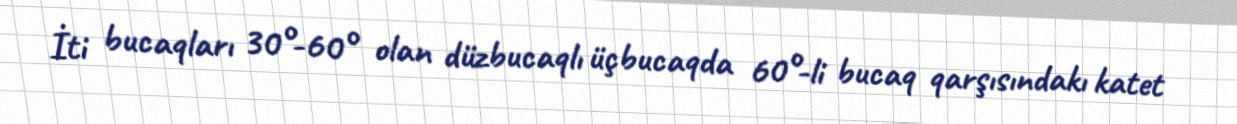
İti bucaqları 30°-60° olan düzbucaqlı üçbucaqda 60°-li bucaq qarşısındakı katet